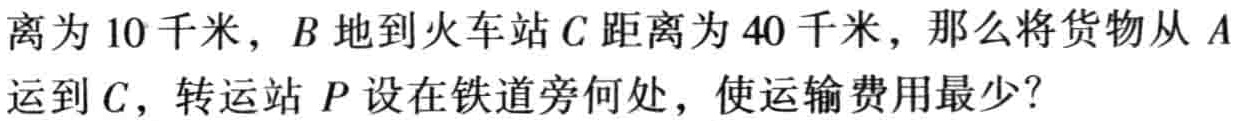
离为 10 千米，$B$ 地到火车站 $C$ 距离为 40 千米，那么将货物从 $A$ 运到 $C$，转运站 $P$ 设在铁道旁何处，使运输费用最少？